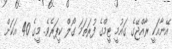
އޭނާއަކީ ރާއްޖޭގެ ގައުމީ ޓީމްގެ ފުރަތަމަ ގޯލް ކީޕަރެވެ. މީގެ 40 އަކަށް